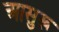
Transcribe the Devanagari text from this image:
आसुरू